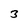
Character: 3